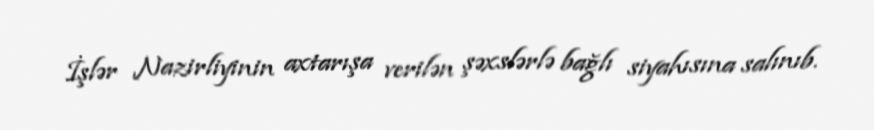
İşlər Nazirliyinin axtarışa verilən şəxslərlə bağlı siyahısına salınıb.